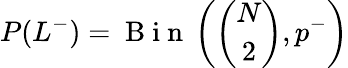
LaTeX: P(L^{-})=\mathrm{~B~i~n~}\left(\binom{N}{2},p^{-}\right)